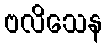
ဗလိသေန